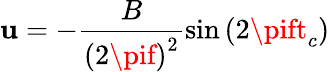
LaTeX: \mathbf{u}=-\frac{{B}}{{\left(2\pif\right)^{2}}}\sin{\left(2\pift_{c}\right)}